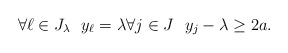
\begin{align*}\forall \ell\in J_\lambda\ \ y_\ell =\lambda \forall j\in J\ \ y_j-\lambda \geq 2a.\end{align*}